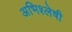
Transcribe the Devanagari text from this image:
अभिश्लेषी